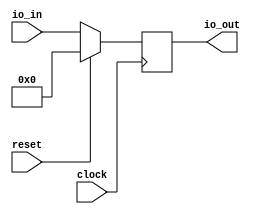
module Register(
  input         clock,
  input         reset,
  input  [31:0] io_in,
  output [31:0] io_out
);
`ifdef RANDOMIZE_REG_INIT
  reg [31:0] _RAND_0;
`endif // RANDOMIZE_REG_INIT
  reg [31:0] reg_; // @[Register.scala 11:23]
  assign io_out = reg_; // @[Register.scala 13:12]
  always @(posedge clock) begin
    if (reset) begin // @[Register.scala 11:23]
      reg_ <= 32'h0; // @[Register.scala 11:23]
    end else begin
      reg_ <= io_in; // @[Register.scala 12:9]
    end
  end
// Register and memory initialization
`ifdef RANDOMIZE_GARBAGE_ASSIGN
`define RANDOMIZE
`endif
`ifdef RANDOMIZE_INVALID_ASSIGN
`define RANDOMIZE
`endif
`ifdef RANDOMIZE_REG_INIT
`define RANDOMIZE
`endif
`ifdef RANDOMIZE_MEM_INIT
`define RANDOMIZE
`endif
`ifndef RANDOM
`define RANDOM $random
`endif
`ifdef RANDOMIZE_MEM_INIT
  integer initvar;
`endif
`ifndef SYNTHESIS
`ifdef FIRRTL_BEFORE_INITIAL
`FIRRTL_BEFORE_INITIAL
`endif
initial begin
  `ifdef RANDOMIZE
    `ifdef INIT_RANDOM
      `INIT_RANDOM
    `endif
    `ifndef VERILATOR
      `ifdef RANDOMIZE_DELAY
        #`RANDOMIZE_DELAY begin end
      `else
        #0.002 begin end
      `endif
    `endif
`ifdef RANDOMIZE_REG_INIT
  _RAND_0 = {1{`RANDOM}};
  reg_ = _RAND_0[31:0];
`endif // RANDOMIZE_REG_INIT
  `endif // RANDOMIZE
end // initial
`ifdef FIRRTL_AFTER_INITIAL
`FIRRTL_AFTER_INITIAL
`endif
`endif // SYNTHESIS
endmodule